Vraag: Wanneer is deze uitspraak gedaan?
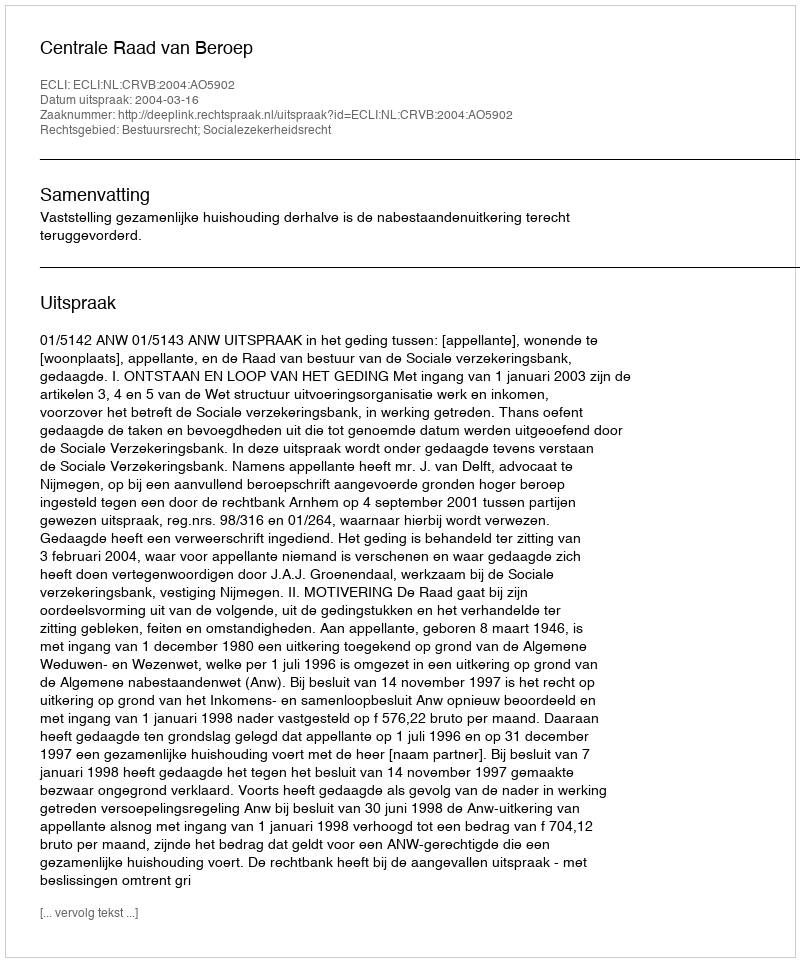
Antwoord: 2004-03-16